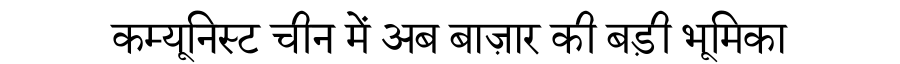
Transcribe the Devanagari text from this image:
कम्यूनिस्ट चीन में अब बाज़ार की बड़ी भूमिका